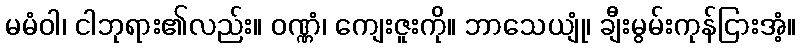
မမံဝါ၊ ငါဘုရား၏လည်း။ ဝဏ္ဏံ၊ ကျေးဇူးကို။ ဘာသေယျုံ၊ ချီးမွမ်းကုန်ငြားအံ့။